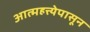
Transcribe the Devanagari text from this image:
आत्महत्त्येपासून